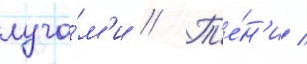
луча́м'и // Т'е́н'и /